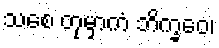
သစေ တုမှာကံ ဘိက္ခဝေ၊